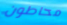
محاطون